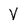
Character: V